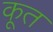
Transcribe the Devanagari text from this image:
कूत